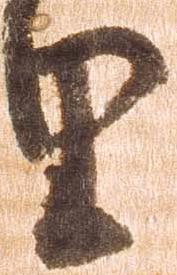
里